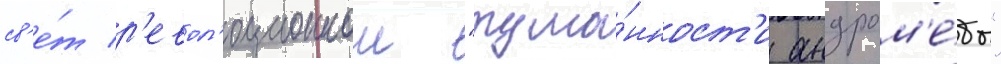
св'е́т р'евол'юционнои "тума́нност'и андром'е́ды"